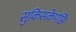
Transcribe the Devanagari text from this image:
सुकिसकेपछि